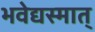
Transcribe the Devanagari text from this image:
भवेद्यस्मात्